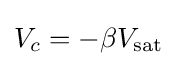
V_{c}=-\beta V_{\text{sat}}